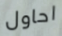
احاول